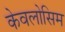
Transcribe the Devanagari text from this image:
केवलोसिम